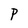
Character: P